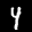
Label: 4